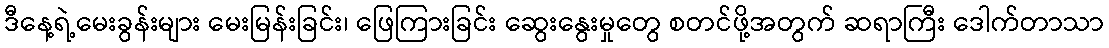
ဒီနေ့ရဲ့မေးခွန်းများ မေးမြန်းခြင်း၊ ဖြေကြားခြင်း ဆွေးနွေးမှုတွေ စတင်ဖို့အတွက် ဆရာကြီး ဒေါက်တာသာ